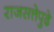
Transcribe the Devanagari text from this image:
राजसत्तेपुढे